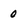
Character: 0